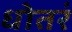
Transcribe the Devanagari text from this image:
धोतरं